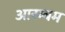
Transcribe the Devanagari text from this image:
आरम्बम